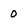
Character: 0